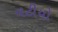
વટીયો